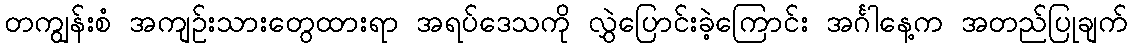
တကျွန်းစံ အကျဥ်းသားတွေထားရာ အရပ်ဒေသကို လွှဲပြောင်းခဲ့ကြောင်း အင်္ဂါနေ့က အတည်ပြုချက်